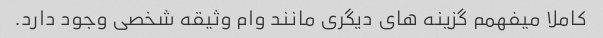
کاملا میفهمم گزینه های دیگری مانند وام وثیقه شخصی وجود دارد.